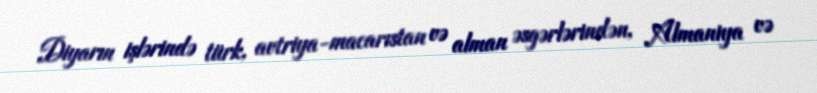
Diyarın işlərində türk, avtriya-macarıstan və alman əsgərlərindən, Almaniya və